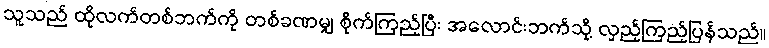
သူသည် ထိုလက်တစ်ဘက်ကို တစ်ခဏမျှ စိုက်ကြည့်ပြီး အလောင်းဘက်သို့ လှည့်ကြည့်ပြန်သည်။